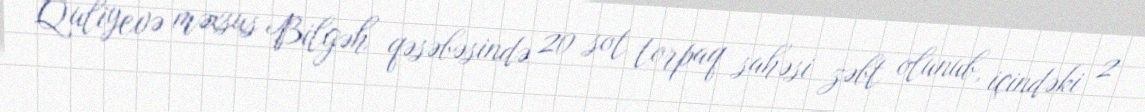
Quliyevə məxsus Bilgəh qəsəbəsində 20 sot torpaq sahəsi zəbt olunub, içindəki 2